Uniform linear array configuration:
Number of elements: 4
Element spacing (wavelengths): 0.25
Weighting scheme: blackman
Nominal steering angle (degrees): -15
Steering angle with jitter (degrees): -14.091
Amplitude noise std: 0.05
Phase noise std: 0.05

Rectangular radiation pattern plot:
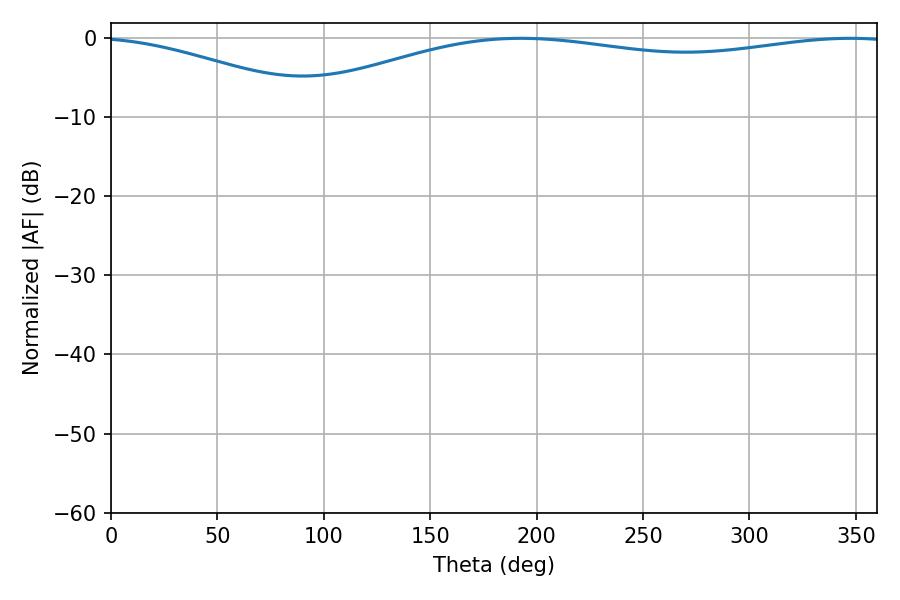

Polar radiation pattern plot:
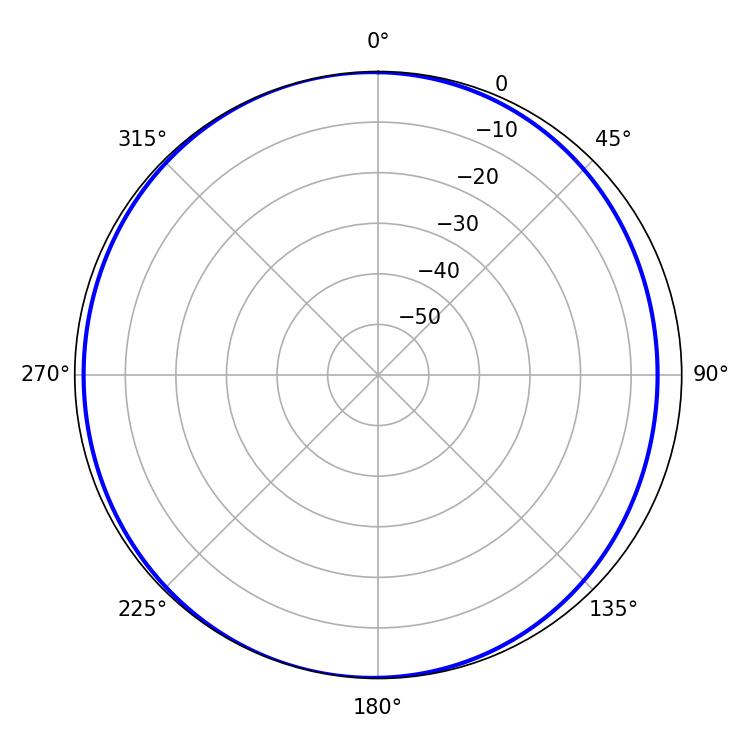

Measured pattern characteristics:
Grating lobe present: FALSE
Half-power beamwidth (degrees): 231.48
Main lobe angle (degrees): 192.6